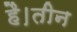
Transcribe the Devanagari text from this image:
है।तीन